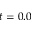
t = 0 . 0